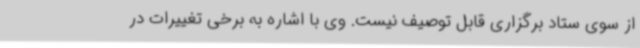
از سوی ستاد برگزاری قابل توصیف نیست. وی با اشاره به برخی تغییرات در